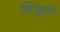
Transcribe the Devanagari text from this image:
गिळूनी